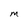
Character: M